Report on the Civil Veterinary Department, Eastern Bengal and Assam - 1907-1911
Year: 1907
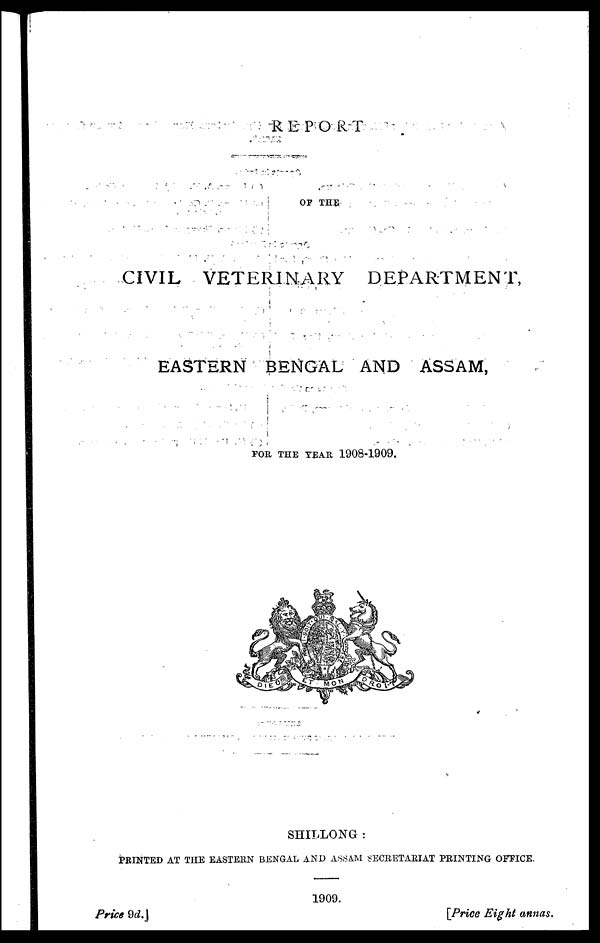
REPORT
OF THE
CIVIL VETERINARY
DEPARTMENT,
EASTERN BENGAL AND ASSAM,
FOR THE TEAR 1908-1909.
SHILLONG :
PRINTED AT THE EASTERN BENGAL AND ASSAM SECRETARIAT PRINTING OFFICE.
1909.
Price 9d.
[Price Eight annas.